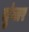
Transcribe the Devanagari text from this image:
चुंगार